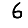
Digit: 6